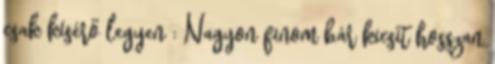
csak kísérő legyen : Nagyon finom bár kicsit hosszan